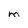
Character: M